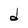
Character: d